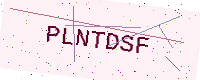
Text: PLNTDSF